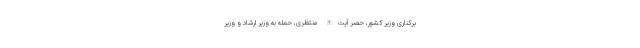
برکناری وزیر کشور، حصر آیت‌الله منتظری، حمله به وزیر ارشاد و وزیر